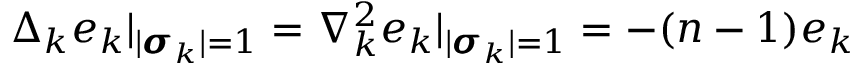
\Delta _ { k } e _ { k } | _ { | \pmb { \sigma } _ { k } | = 1 } = \nabla _ { k } ^ { 2 } e _ { k } | _ { | \pmb { \sigma } _ { k } | = 1 } = - ( n - 1 ) e _ { k }